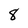
Character: 8